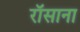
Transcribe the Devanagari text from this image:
रॉसाना